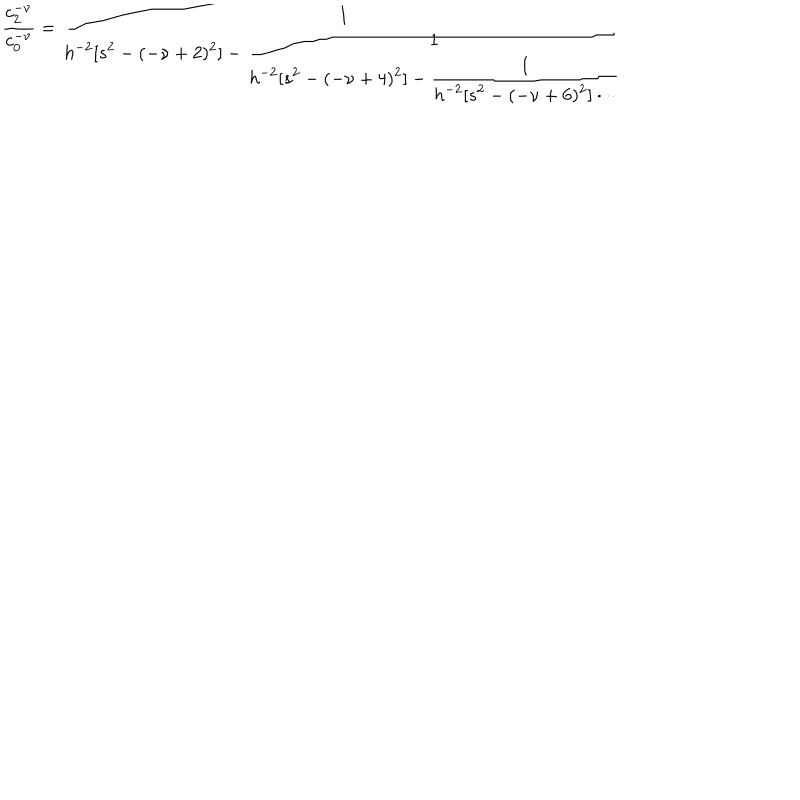
LaTeX: \frac { c _ { 2 } ^ { - \nu } } { c _ { 0 } ^ { - \nu } } = \frac { 1 } { \displaystyle h ^ { - 2 } [ s ^ { 2 } - ( - \nu + 2 ) ^ { 2 } ] - \frac { 1 } { \displaystyle h ^ { - 2 } [ s ^ { 2 } - ( - \nu + 4 ) ^ { 2 } ] - \frac { 1 } { \displaystyle h ^ { - 2 } [ s ^ { 2 } - ( - \nu + 6 ) ^ { 2 } ] \cdot \cdot \cdot } } }